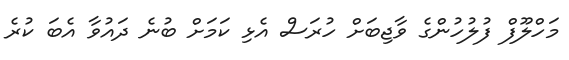
މަހްލޫފް ފުލުހުންގެ ވާޖިބަށް ހުރަސް އެޅި ކަމަށް ބުނެ ދައުވާ އެބަ ކުރެ